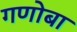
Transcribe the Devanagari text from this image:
गणोबा